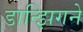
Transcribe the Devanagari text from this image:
डान्झिगने